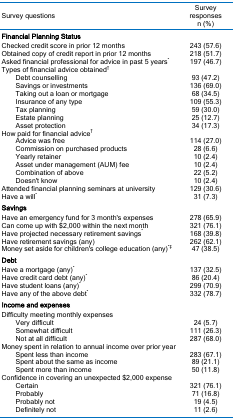
<table><thead><tr><td><b>Survey questions</b></td><td><b>Survey responsesn (%)</b></td></tr></thead><tbody><tr><td><b>Financial Planning Status</b></td><td></td></tr><tr><td>Checked credit score in prior 12 months</td><td>243 (57.6)</td></tr><tr><td>Obtained copy of credit report in prior 12 months</td><td>218 (51.7)</td></tr><tr><td>Asked financial professional for advice in past 5 years<sup>*</sup></td><td>197 (46.7)</td></tr><tr><td>Types of financial advice obtained<sup>†</sup></td><td></td></tr><tr><td>Debt counselling</td><td>93 (47.2)</td></tr><tr><td>Savings or investments</td><td>136 (69.0)</td></tr><tr><td>Taking out a loan or mortgage</td><td>68 (34.5)</td></tr><tr><td>Insurance of any type</td><td>109 (55.3)</td></tr><tr><td>Tax planning</td><td>59 (30.0)</td></tr><tr><td>Estate planning</td><td>25 (12.7)</td></tr><tr><td>Asset protection</td><td>34 (17.3)</td></tr><tr><td>How paid for financial advice<sup>†</sup></td><td></td></tr><tr><td>Advice was free</td><td>114 (27.0)</td></tr><tr><td>Commission on purchased products</td><td>28 (6.6)</td></tr><tr><td>Yearly retainer</td><td>10 (2.4)</td></tr><tr><td>Asset under management (AUM) fee</td><td>10 (2.4)</td></tr><tr><td>Combination of above</td><td>22 (5.2)</td></tr><tr><td>Doesn&#x27;t know</td><td>10 (2.4)</td></tr><tr><td>Attended financial planning seminars at university<sup>*</sup></td><td>129 (30.6)</td></tr><tr><td>Have a will<sup>*</sup></td><td>31 (7.3)</td></tr><tr><td><b>Savings</b></td><td></td></tr><tr><td>Have an emergency fund for 3 month&#x27;s expenses</td><td>278 (65.9)</td></tr><tr><td>Can come up with $2,000 within the next month</td><td>321 (76.1)</td></tr><tr><td>Have projected necessary retirement savings<sup>*</sup></td><td>168 (39.8)</td></tr><tr><td>Have retirement savings (any)</td><td>262 (62.1)</td></tr><tr><td>Money set aside for children&#x27;s college education (any)<sup>*‡</sup></td><td>47 (38.5)</td></tr><tr><td><b>Debt</b></td><td></td></tr><tr><td>Have a mortgage (any)<sup>*</sup></td><td>137 (32.5)</td></tr><tr><td>Have credit card debt (any)<sup>*</sup></td><td>86 (20.4)</td></tr><tr><td>Have student loans (any)<sup>*</sup></td><td>299 (70.9)</td></tr><tr><td>Have any of the above debt<sup>*</sup></td><td>332 (78.7)</td></tr><tr><td><b>Income and expenses</b></td><td></td></tr><tr><td>Difficulty meeting monthly expenses</td><td></td></tr><tr><td>Very difficult</td><td>24 (5.7)</td></tr><tr><td>Somewhat difficult</td><td>111 (26.3)</td></tr><tr><td>Not at all difficult</td><td>287 (68.0)</td></tr><tr><td>Money spent in relation to annual income over prior year</td><td></td></tr><tr><td>Spent less than income</td><td>283 (67.1)</td></tr><tr><td>Spent about the same as income</td><td>89 (21.1)</td></tr><tr><td>Spent more than income</td><td>50 (11.8)</td></tr><tr><td>Confidence in covering an unexpected $2,000 expense</td><td></td></tr><tr><td>Certain</td><td>321 (76.1)</td></tr><tr><td>Probably</td><td>71 (16.8)</td></tr><tr><td>Probably not</td><td>19 (4.5)</td></tr><tr><td>Definitely not</td><td>11 (2.6)</td></tr></tbody></table>